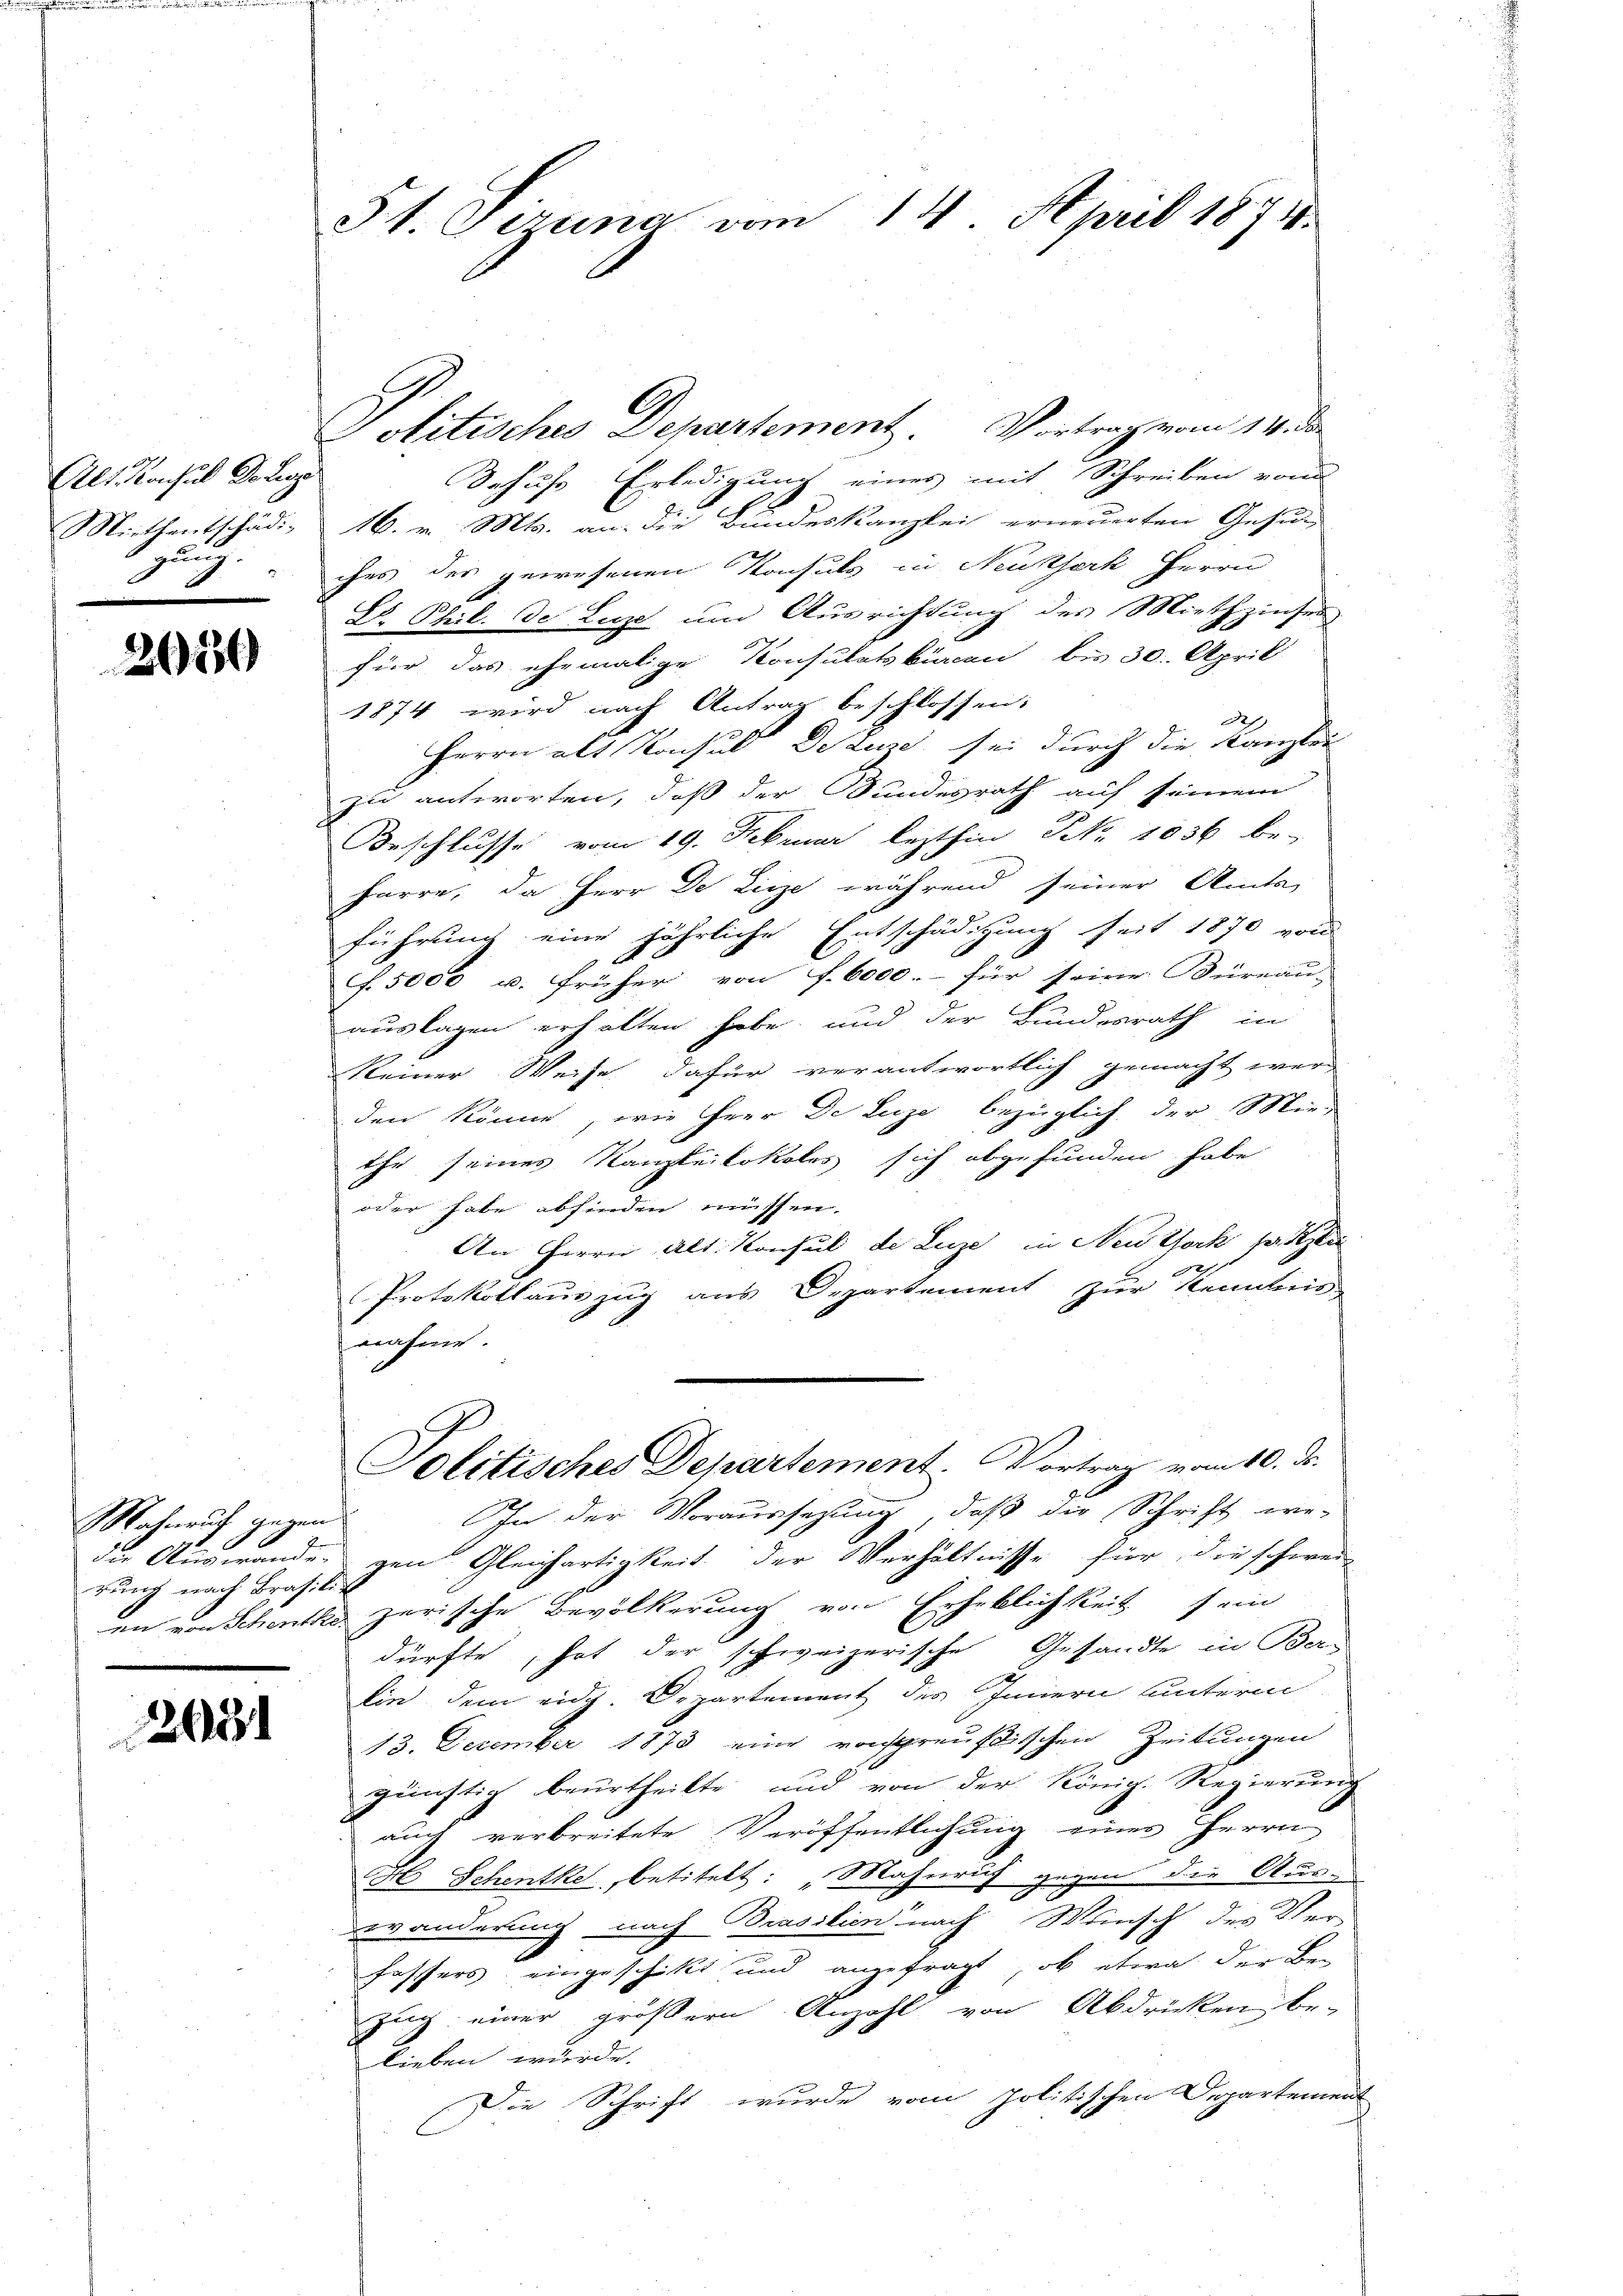
Alt Konsul Delugg
Miethentschädigung.
1.

2686

Mahnruf gegen
88
d Auswander
rung nach Brasili¬

2051

St. Sizung vom 14. April 1873.

Politisches Departement. Vortrag vom 14. der
Sehufs Erledigung eines mit Schreiben vom
16. v. Mts. an die Bundeskanzlei erneuerten Gesuch
ches des gewesenen Konsuls in Neuhserk Herrn
E. Phil. De Luze und Ausrichtung des Miethzinses
für das ehemalige Konsulatskurien bis 30. April
1874 wird nach Antrag beschlossen:
h
Herrn als Konsul De tun sei durch die Kanzlei
zu antworten, daß der Bundesrath auf seinem
Beschlusse vom 19. Februar lezthin Nr. 1036 be-
harre, da Herr De Lieze während seiner Amts-
führung eine jährliche Entschädigung seit 1870 von
. 5000 u. früher von f. 6000.- für seine Büreau-
auslagen erhalten habe, und der Bundesrath in
keiner Weise dafür verantwortlich gemacht wer
den könne, wie Herr De Luze bezüglich der Mie-
the seines Kanzleilokales sich abgefunden habe
oder habe abfinden müssen.
An Herrn alt. Konsul de Luze in Neuthork, hatte
2
Protokollauszug aus Departement zur Kenntnis
nnahme
olitisches Departement. Vortrag vom 10. ds.
In der Voraussezung, daß die Schrift we-
E
gen Gleichartigkeit der Verhältnisse für die schwei-
en von Schenthe zerische Bevölkerung von Erheblichkeit sein
dürfte, hat der schweizerische Gesandte in Ber-
lin dem eidg. Departement des Innern unterm
13. Dezember 1873 eine vorspreußischen Zeitungen
günstig beurtheilte und von der Königl. Regierung
auch verbreitete Veröffentlichung einer Herrn
H Schentke, betitelt: „Mahnrich gegen die Aus-
wänderung nach Brasilien nach Wunsch des Ver-
fassers eingeschickt und angefragt, ob etwa der Be-
Zug einer größern Anzahl von Abdrücken be-
lieben wurde.
Die Schrift wurde vom politischen Departement